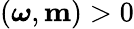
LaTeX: ({\boldsymbol\omega},{\mathbf m})>0